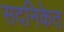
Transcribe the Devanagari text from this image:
सदनिकेत